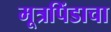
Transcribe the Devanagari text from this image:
मूत्रपिंडाचा